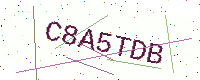
Text: C8A5TDB